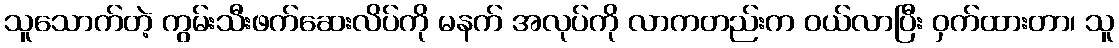
သူသောက်တဲ့ ကွမ်းသီးဖက်ဆေးလိပ်ကို မနက် အလုပ်ကို လာကတည်းက ဝယ်လာပြီး ဝှက်ထားတာ၊ သူ